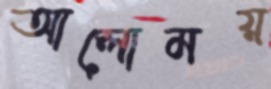
আলোময়